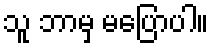
သူ ဘာမှ မပြောပါ။